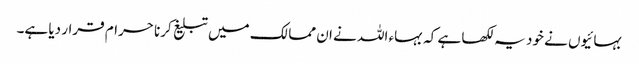
بہائیوں نے خود یہ لکھا ہے کہ بہاء اللہ نے ان ممالک میں تبلیغ کرنا حرام قرار دیا ہے۔